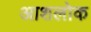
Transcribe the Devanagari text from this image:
आशलोक